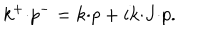
LaTeX: k ^ { + } { \cdot } p ^ { - } = k { \cdot } p + i k { \cdot } J { \cdot } p .